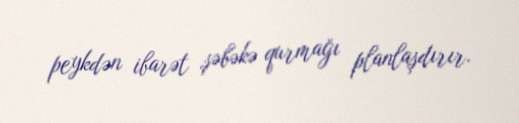
peykdən ibarət şəbəkə qurmağı planlaşdırır.